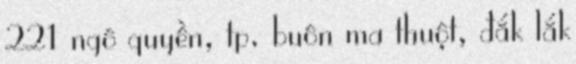
221 ngô quyền, tp. buôn ma thuột, đắk lắk